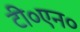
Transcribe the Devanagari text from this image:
टी०एन०